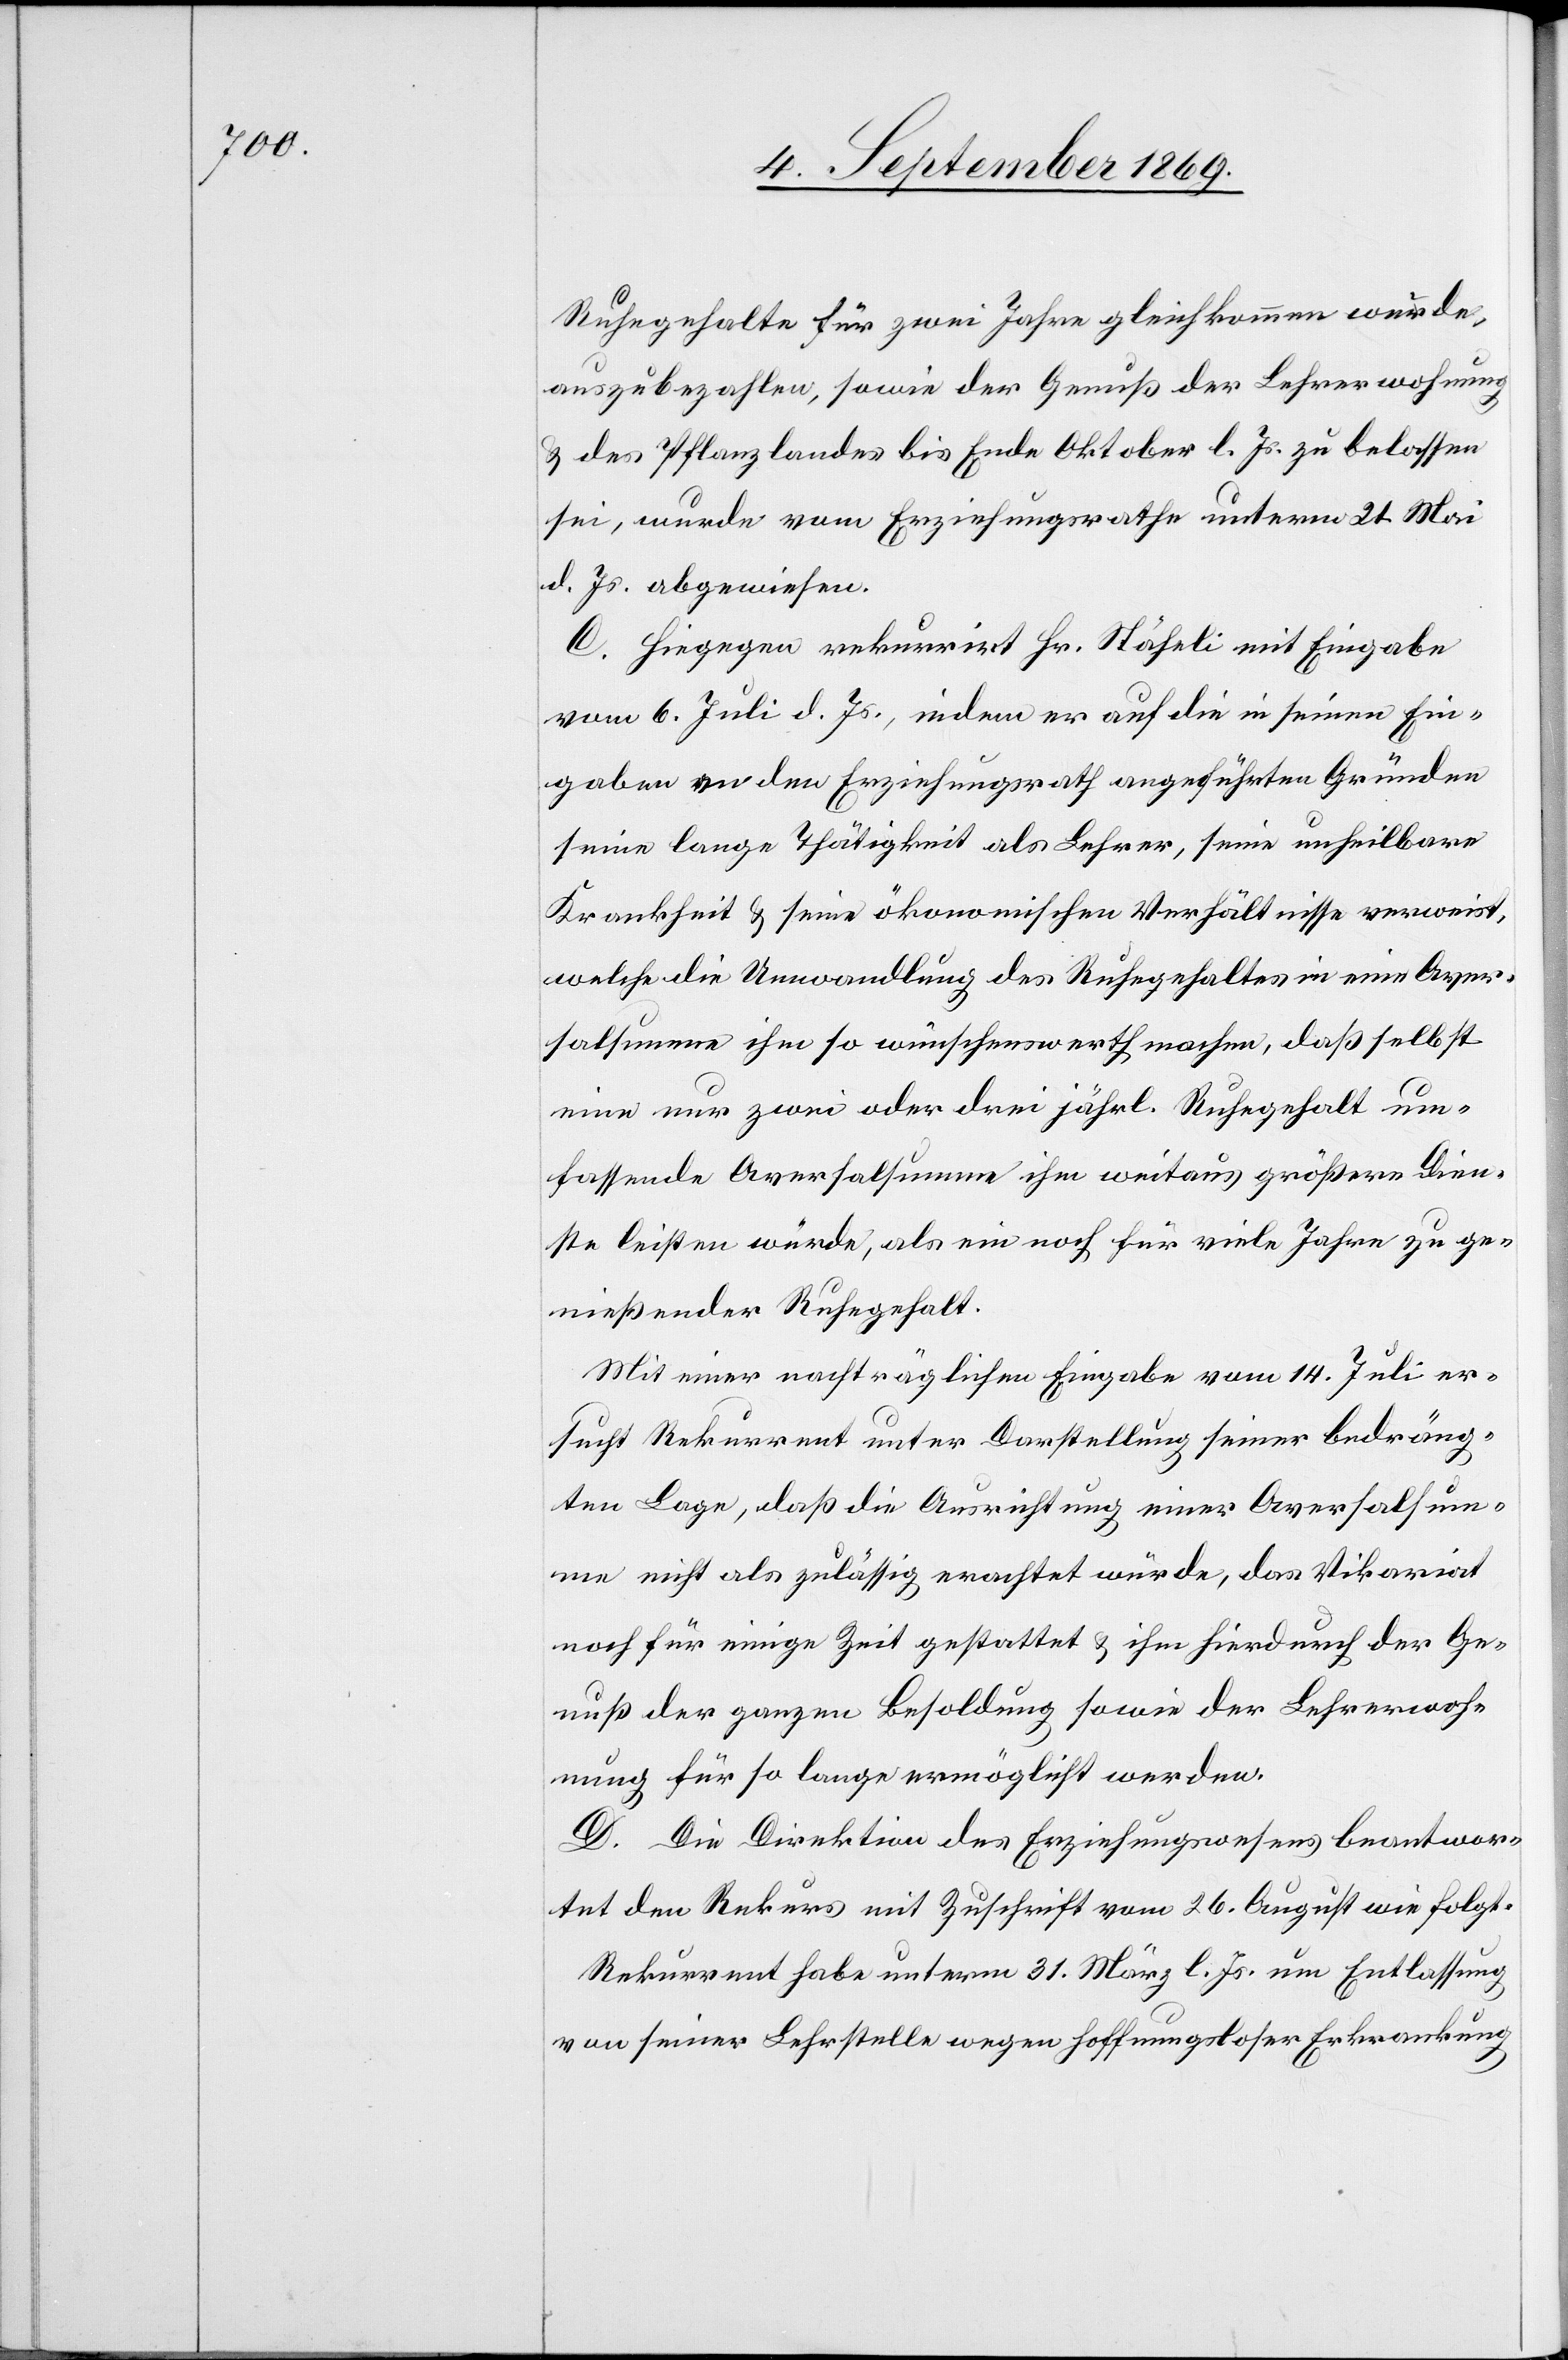
Ruhegehalte für zwei Jahre gleichkommen würde,
auszubezahlen, sowie der Genuß der Lehrerwohnung
& des Pflanzlandes bis Ende Oktober l. Js. zu belassen
sei, wurde vom Erziehungsrathe unterm 21. Mai
d. Js. abgewiesen.
C. Hiegegen rekurrirt Hr. Stäheli mit Eingabe
vom 6. Juli d. Js., indem er auf die in seinen Ein¬
gaben an den Erziehungsrath angeführten Gründen
seine lange Thätigkeit als Lehrer, seine unheilbare
Krankheit & seine ökonomischen Verhältnisse verweist,
welche die Umwandlung des Ruhegehaltes in eine Aver¬
salsumme ihm so wünschenswerth machen, daß selbst
eine nur zwei oder drei jährl. Ruhegehalt um¬
fassende Aversalsumme ihm weitaus größere Dien¬
ste leisten würde, als ein noch für viele Jahre zu ge¬
nießender Ruhegehalt.
Mit einer nachträglichen Eingabe vom 14. Juli er¬
sucht Rekurrent unter Darstellung seiner bedräng¬
ten Lage, daß die Ausrichtung einer Aversalsum¬
me nicht als zulässig erachtet würde, das Vikariat
noch für einige Zeit gestattet & ihm hierdurch der Ge¬
nuß der ganzen Besoldung sowie der Lehrerwoh¬
nung für so lange ermöglicht werden.
D. Die Direktion des Erziehungswesens beantwor¬
tet den Rekurs mit Zuschrift vom 26. August wie folgt:
Rekurrent habe unterm 31. März l. Js. um Entlassung
von seiner Lehrstelle wegen hoffnungsloser Erkrankung